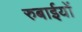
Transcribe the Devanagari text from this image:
रुबाईयों